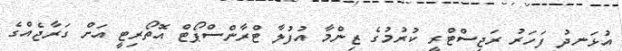
އުޅަނދު ފަހަރު ރަޖިސްޓްރީ ކުރުމުގެ ޒިންމާ އުފުލާ ޓްރާންސްޕޯޓް އޮތޯރިޓީ އަށް ގަރާޖެއްގެ